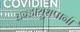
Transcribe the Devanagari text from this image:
धन्डायुधपानी